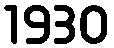
1930